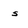
Character: s